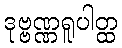
ဒုဗ္ဗဏ္ဏရူပါတ္ထ